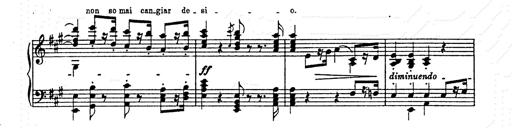
Title: AnnÃ©es de pÃ¨lerinage II
Composer: Franz Liszt